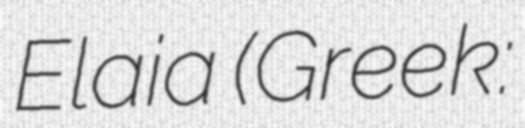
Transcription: Elaia (Greek: